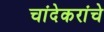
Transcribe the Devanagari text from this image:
चांदेकरांचे